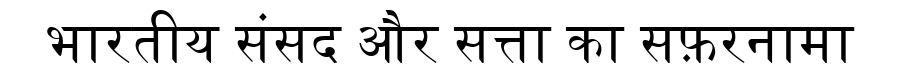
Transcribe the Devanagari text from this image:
भारतीय संसद और सत्ता का सफ़रनामा